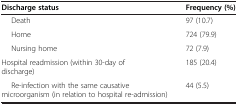
<table><thead><tr><td><b>Discharge status</b></td><td><b>Frequency (%)</b></td></tr></thead><tbody><tr><td>Death</td><td>97 (10.7)</td></tr><tr><td>Home</td><td>724 (79.9)</td></tr><tr><td>Nursing home</td><td>72 (7.9)</td></tr><tr><td>Hospital readmission (within 30-day of discharge)</td><td>185 (20.4)</td></tr><tr><td>Re-infection with the same causative microorganism (in relation to hospital re-admission)</td><td>44 (5.5)</td></tr></tbody></table>